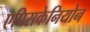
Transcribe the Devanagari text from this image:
एपिसकेनियोन